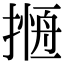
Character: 𢳖